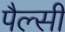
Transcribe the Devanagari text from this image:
पैल्सी